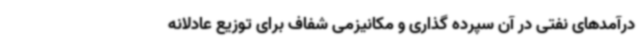
درآمدهای نفتی در آن سپرده گذاری و مکانیزمی شفاف برای توزیع عادلانه